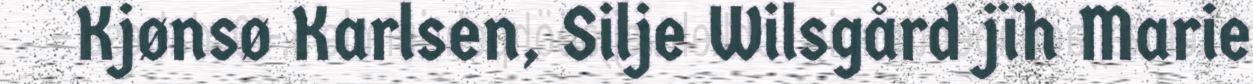
Kjønsø Karlsen, Silje Wilsgård jïh Marie